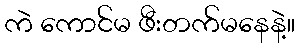
ကဲ ကောင်မ ဖီးတက်မနေနဲ့။